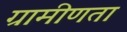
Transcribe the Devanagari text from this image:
ग्रामीणता